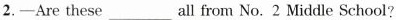
2.-Are these___all from No. 2 Middle School?